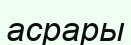
асрары